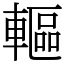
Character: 䡱